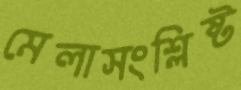
মেলাসংশ্লিষ্ট